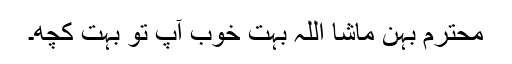
محترم بہن ماشا اللہ بہت خوب آپ تو بہت کچھ۔